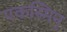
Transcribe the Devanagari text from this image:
एकस्मिन्